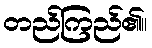
တည်ကြည်၏။